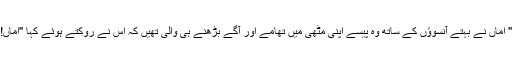
" اماں نے بہتے آنسوؤں کے ساتھ وہ پیسے اپنی مٹھی میں تھامے اور آگے بڑھنے ہی والی تھیں کہ اس نے روکتے ہوئے کہا "اماں!